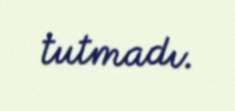
tutmadı.